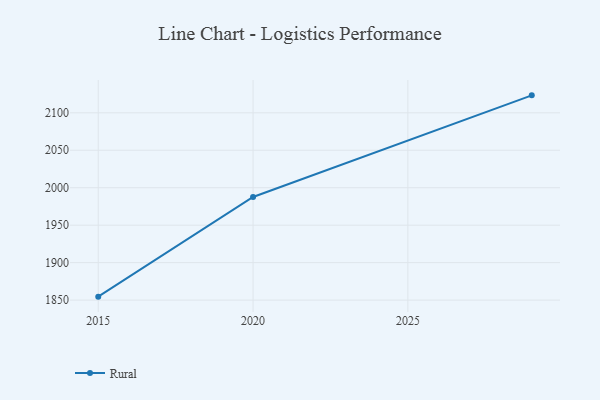
{"axis": {"x": "Year", "y": "Market Share (%)"}, "legend": ["Rural"], "data": [{"x": "2015", "y": 1854.6, "type": "Rural"}, {"x": "2020", "y": 1987.7, "type": "Rural"}, {"x": "2029", "y": 2123.3, "type": "Rural"}]}